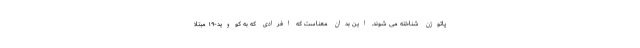
پاتوژن شناخته می شوند. این بدان معناست که افرادی که به کووید-۱۹ مبتلا